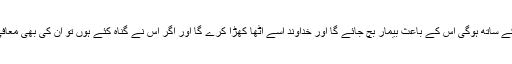
جو دُعا اِیمان کے ساتھ ہوگی اُس کے باعِث بِیمار بچ جائے گا اور خُداوند اُسے اُٹھا کھڑا کرے گا اور اگر اُس نے گُناہ کِئے ہوں تو اُن کی بھی مُعافی ہو جائے گی۔